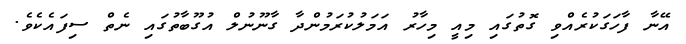
އޭނާ ފާހަގަކުރެއްވި ގޮތުގައި މިއީ މިހާރު އަމަލުކުރަމުންދާ ގާނޫނުލް އުގޫބާތުގައި ނެތް ސިފައެކެވެ.